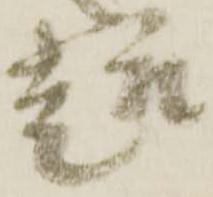
趣